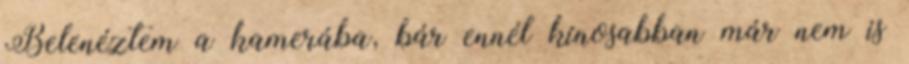
Belenéztem a kamerába, bár ennél kínosabban már nem is